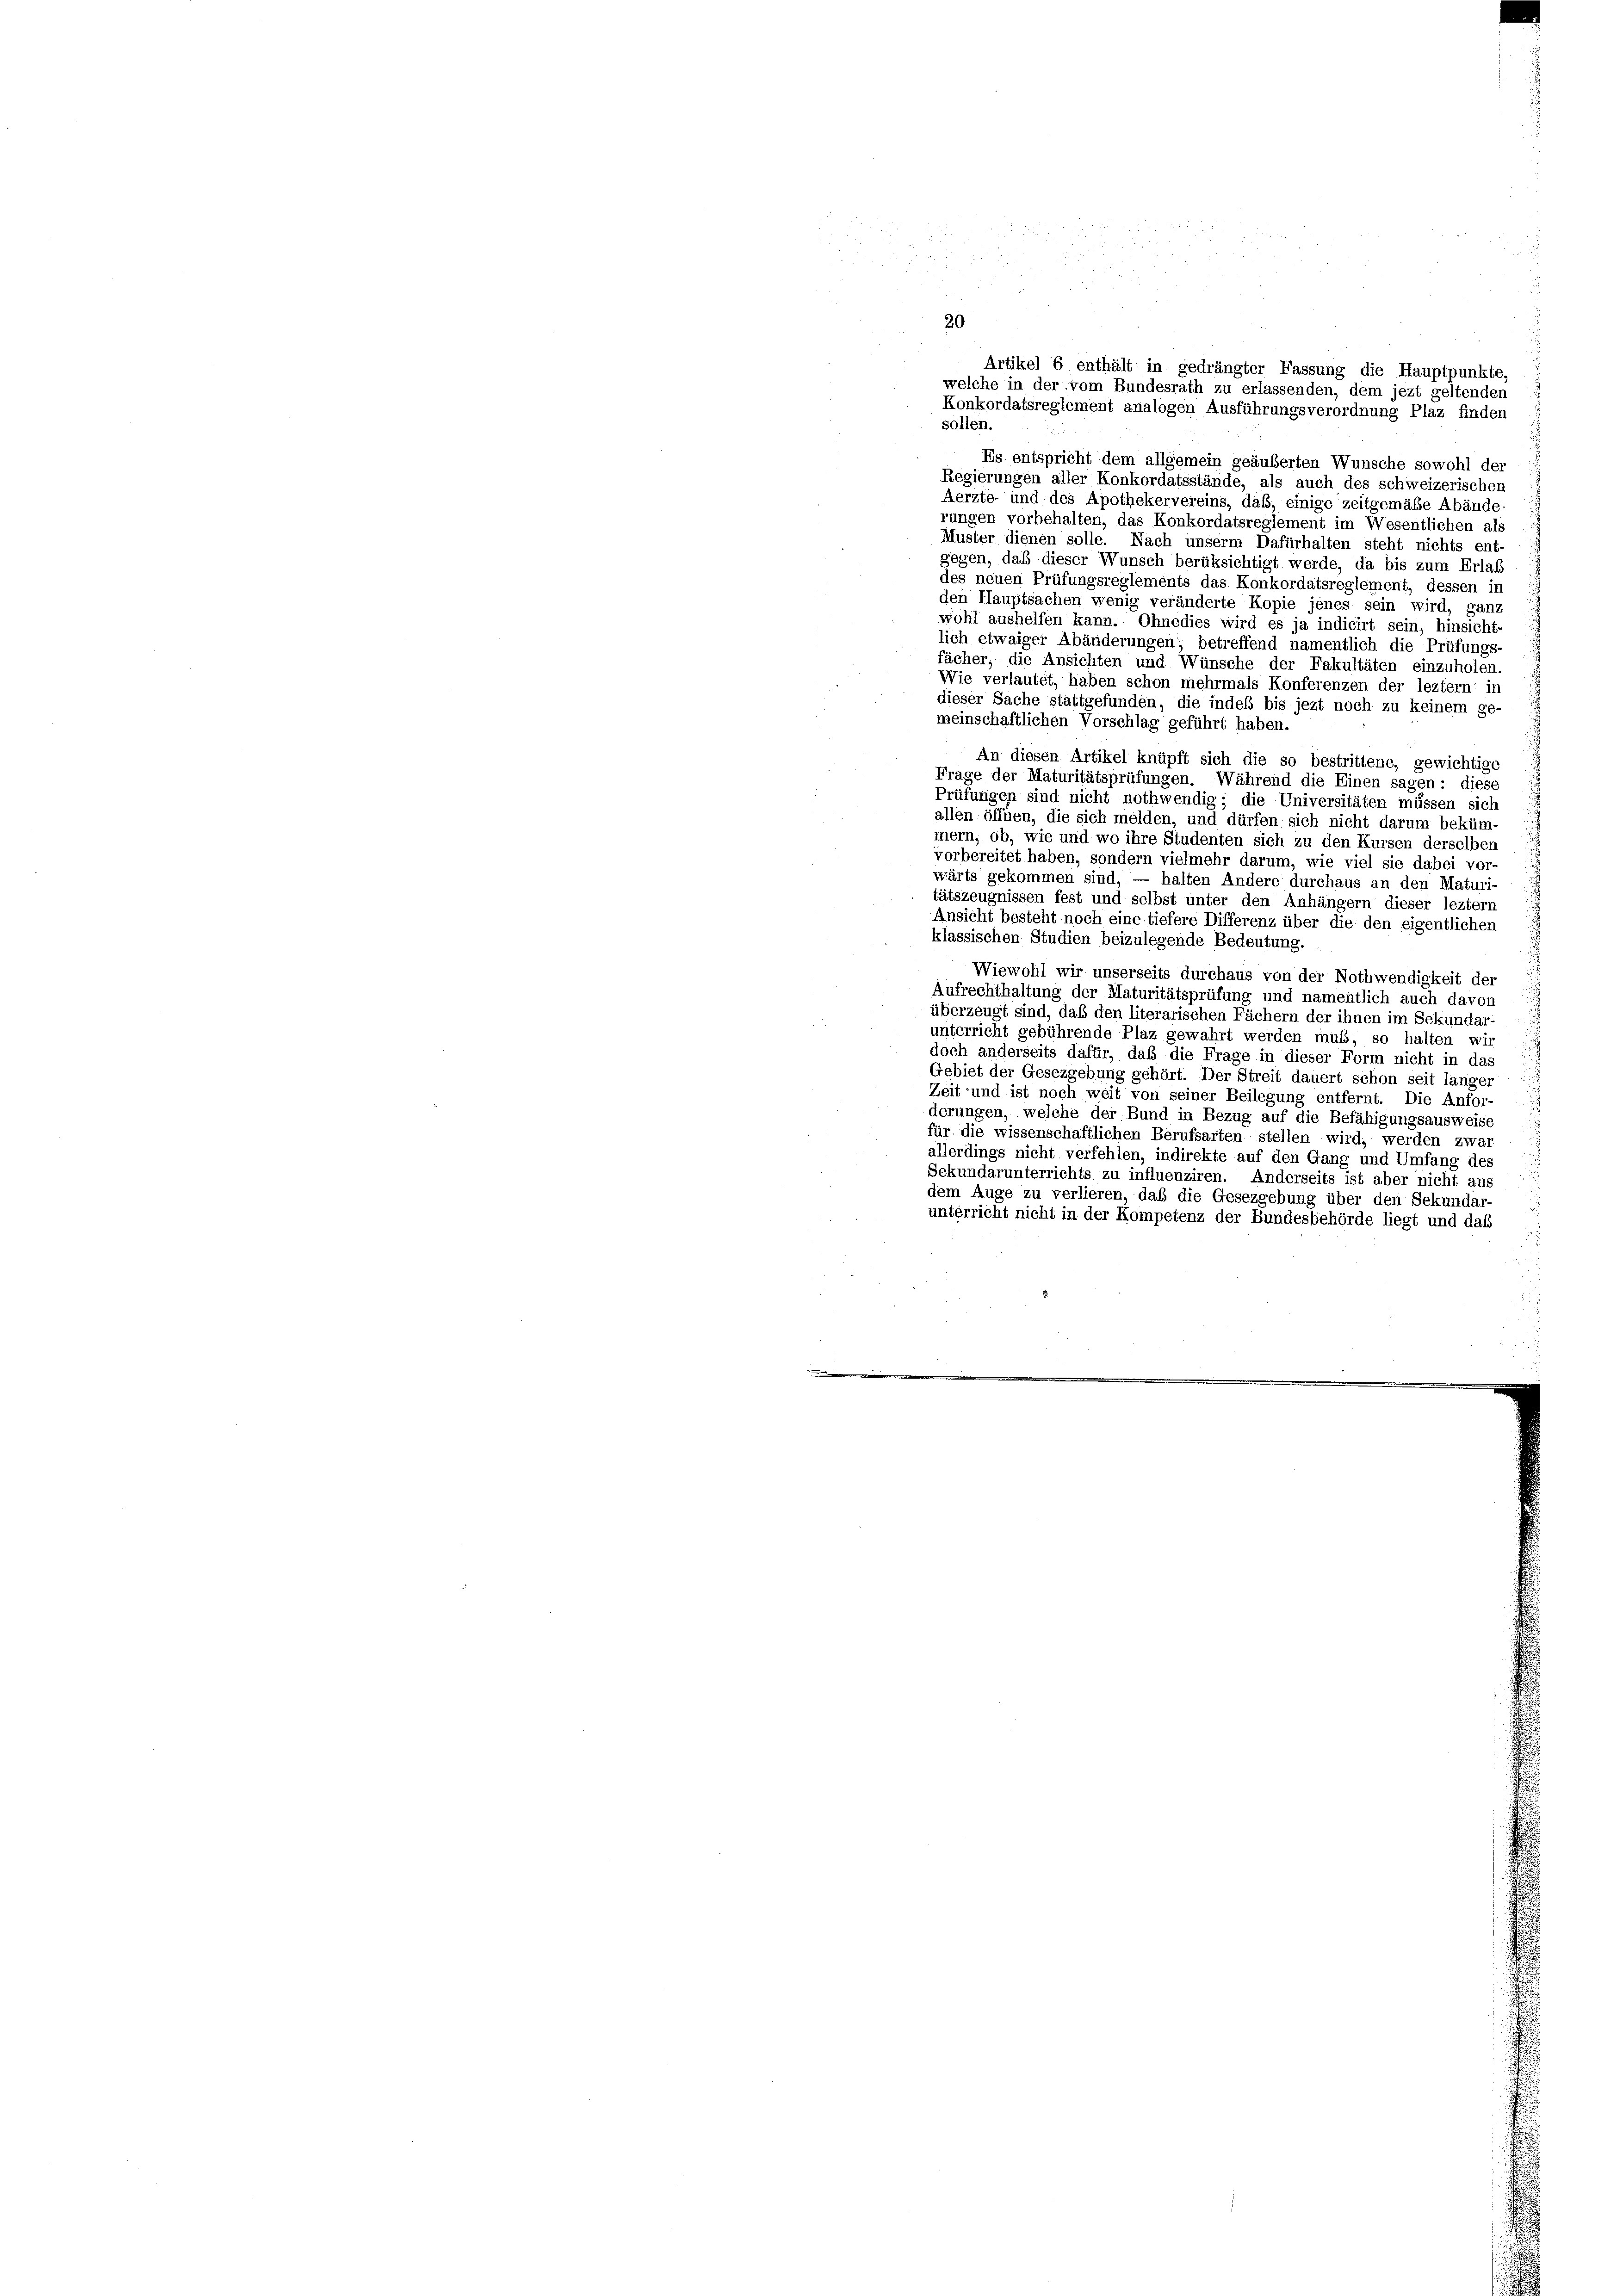
2

Artikel 6 enthält in gedrängter Fassung die Hauptpunkte,
welche in der vom Bundesrath zu erlassenden, dem jezt geltenden
Konkordatsreglement analogen Ausführungsverordnung Plaz finden
sollen.
Es entspricht dem allgemein geäußerten Wunsche sowohl der
Regierungen aller Konkordatsstände, als auch des schweizerischen
Aerzte- und des Apothekervereins, daß, einige zeitgemäße Abände
rungen vorbehalten, das Konkordatsreglement im Wesentlichen als
Muster dienen solle. Nach unserm Dafürhalten steht nichts ent-
gegen, daß dieser Wunsch berüksichtigt werde, da bis zum Erlas
des neuen Prüfungsreglements das Konkordatsreglement, dessen in
den Hauptsachen wenig veränderte Kopie jenes sein wird, ganz
wohl aushelfen kann. Ohnedies wird es ja indicirt sein, hinsicht-
lich etwaiger Abänderungen; betreffend namentlich die Prüfungs-
fächer, die Ansichten und Wünsche der Fakultäten einzuholen.
Wie verlautet, haben schon mehrmals Konferenzen der leztem in
dieser Sache stattgefunden, die indes bis jezt noch zu keinem ge-
meinschaftlichen Vorschlag geführt haben.
An diesen Artikel knüpft sich die so bestrittene, gewichtige
Frage der Maturitätsprüfungen. Während die Einen sagen: diese
Prüfungen sind nicht nothwendig; die Universitäten müssen sich
allen öffnen, die sich melden, und dürfen sich nicht darum beküm-
mern, ob, wie und wo ihre Studenten sich zu den Kursen derselben
vorbereitet haben, sondern vielmehr darum, wie viel sie dabei vor-
wärts gekommen sind, — halten Andere durchaus an den Maturi,
tätszeugnissen fest und selbst unter den Anhängern dieser leztem
Ansicht besteht noch eine tiefere Differenz über die den eigentlichen
klassischen Studien beizulegende Bedeutung.
Wiewohl wir unserseits durchaus von der Nothwendigkeit der
Aufrechthaltung der Maturitätsprüfung und namentlich auch davon
überzeugt sind, daß den literarischen Fächern der ihnen im Sekundar
unterricht gebührende Plaz gewahrt werden muß, so halten wir
doch anderseits dafür, daß die Frage in dieser Form nicht in das
Gebiet der Gesezgebung gehört. Der Streit dauert schon seit länger
Zeit und ist noch weit von seiner Beilegung entfernt. Die Anfor-
derungen, welche der Bund in Bezug auf die Befähigungsausweise
für die wissenschaftlichen Berufsarten stellen wird, werden zwar
allerdings nicht verfehlen, indirekte auf den Gang und Umfang des
Sekundarunterrichts zu influenziren. Anderseits ist aber nicht auf
dem Auge zu verlieren, daß die Gesezgebung über den Sekundar-
unterricht nicht in der Kompetenz der Bundesbehörde liegt und das
................
.